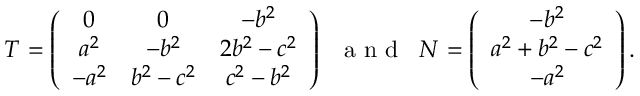
T = \left( \begin{array} { c c c } { 0 } & { 0 } & { - b ^ { 2 } } \\ { a ^ { 2 } } & { - b ^ { 2 } } & { 2 b ^ { 2 } - c ^ { 2 } } \\ { - a ^ { 2 } } & { b ^ { 2 } - c ^ { 2 } } & { c ^ { 2 } - b ^ { 2 } } \end{array} \right) \; \; \mathrm { ~ a ~ n ~ d ~ } \; \; N = \left( \begin{array} { c } { - b ^ { 2 } } \\ { a ^ { 2 } + b ^ { 2 } - c ^ { 2 } } \\ { - a ^ { 2 } } \end{array} \right) .